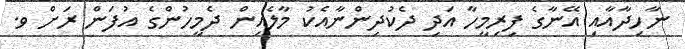
ނާހިދާއާއި އޭނާގެ ފިރިމީހާ އަދި ދެކުދިންނާއެކު މާލެއިން ދެމީހުންގެ އުފަން ރަށް ވ.